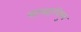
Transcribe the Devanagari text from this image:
यहमहाविषुव